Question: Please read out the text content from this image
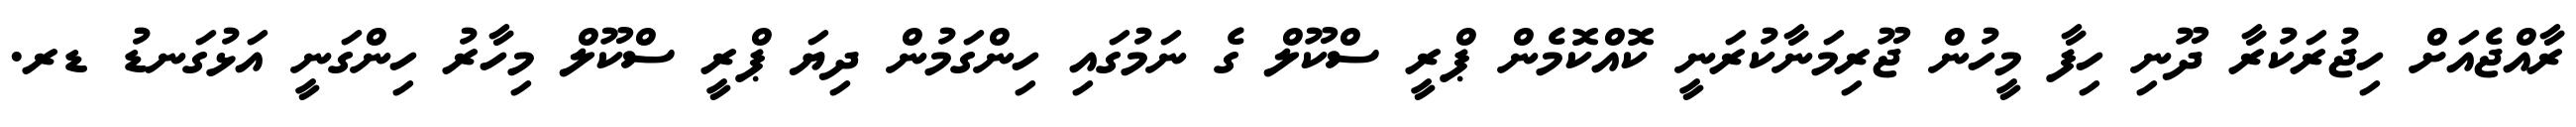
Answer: ރާއްޖެއަށް ހިޖުރަކުރާ ދޫނި ހިފާ މީހުން ޖޫރިމަނާކުރަނީ ކޮއްކޮމެން ޕްރީ ސްކޫލް ގެ ނަމުގައި ހިންގަމުން ދިޔަ ޕްރީ ސްކޫލް މިހާރު ހިންގަނީ އަޅުގަނޑު ޑރ.